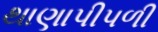
થાણાપીપળી